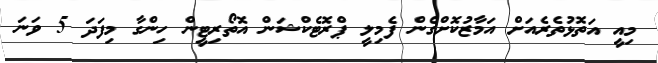
މިއީ އަތޮޅުތެރެއަށް އަމާޒުކޮށްގެން ފެމިލީ ޕްރޮޓެކްޝަން އޮތޯރިޓީން ހިންގާ މިފަދަ 5 ވަނަ